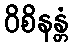
ဝိစိနန္တံ